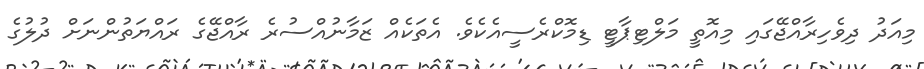
މިއަދު ދިވެހިރާއްޖޭގައި މިއޮތީ މަލްޓިޕާޓީ ޑިމޮކްރެސީއެކެވެ. އެތަކެއް ޒަމާނުއްސުރެ ރާއްޖޭގެ ރައްޔަތުންނަށް ދުލުގެ